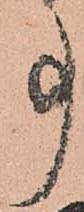
事